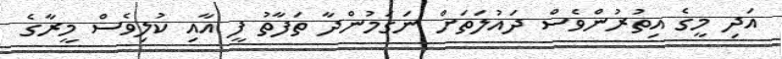
އަދި މީގެ އިތުރުންވެސް ދައުލަތަށް ނަގަމުންދާ ތަފާތު ފީ އާއި ކުލިވެސް މީރާގެ